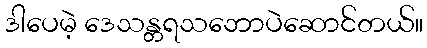
ဒါပေမဲ့ ဒေသန္တရသဘောပဲဆောင်တယ်။